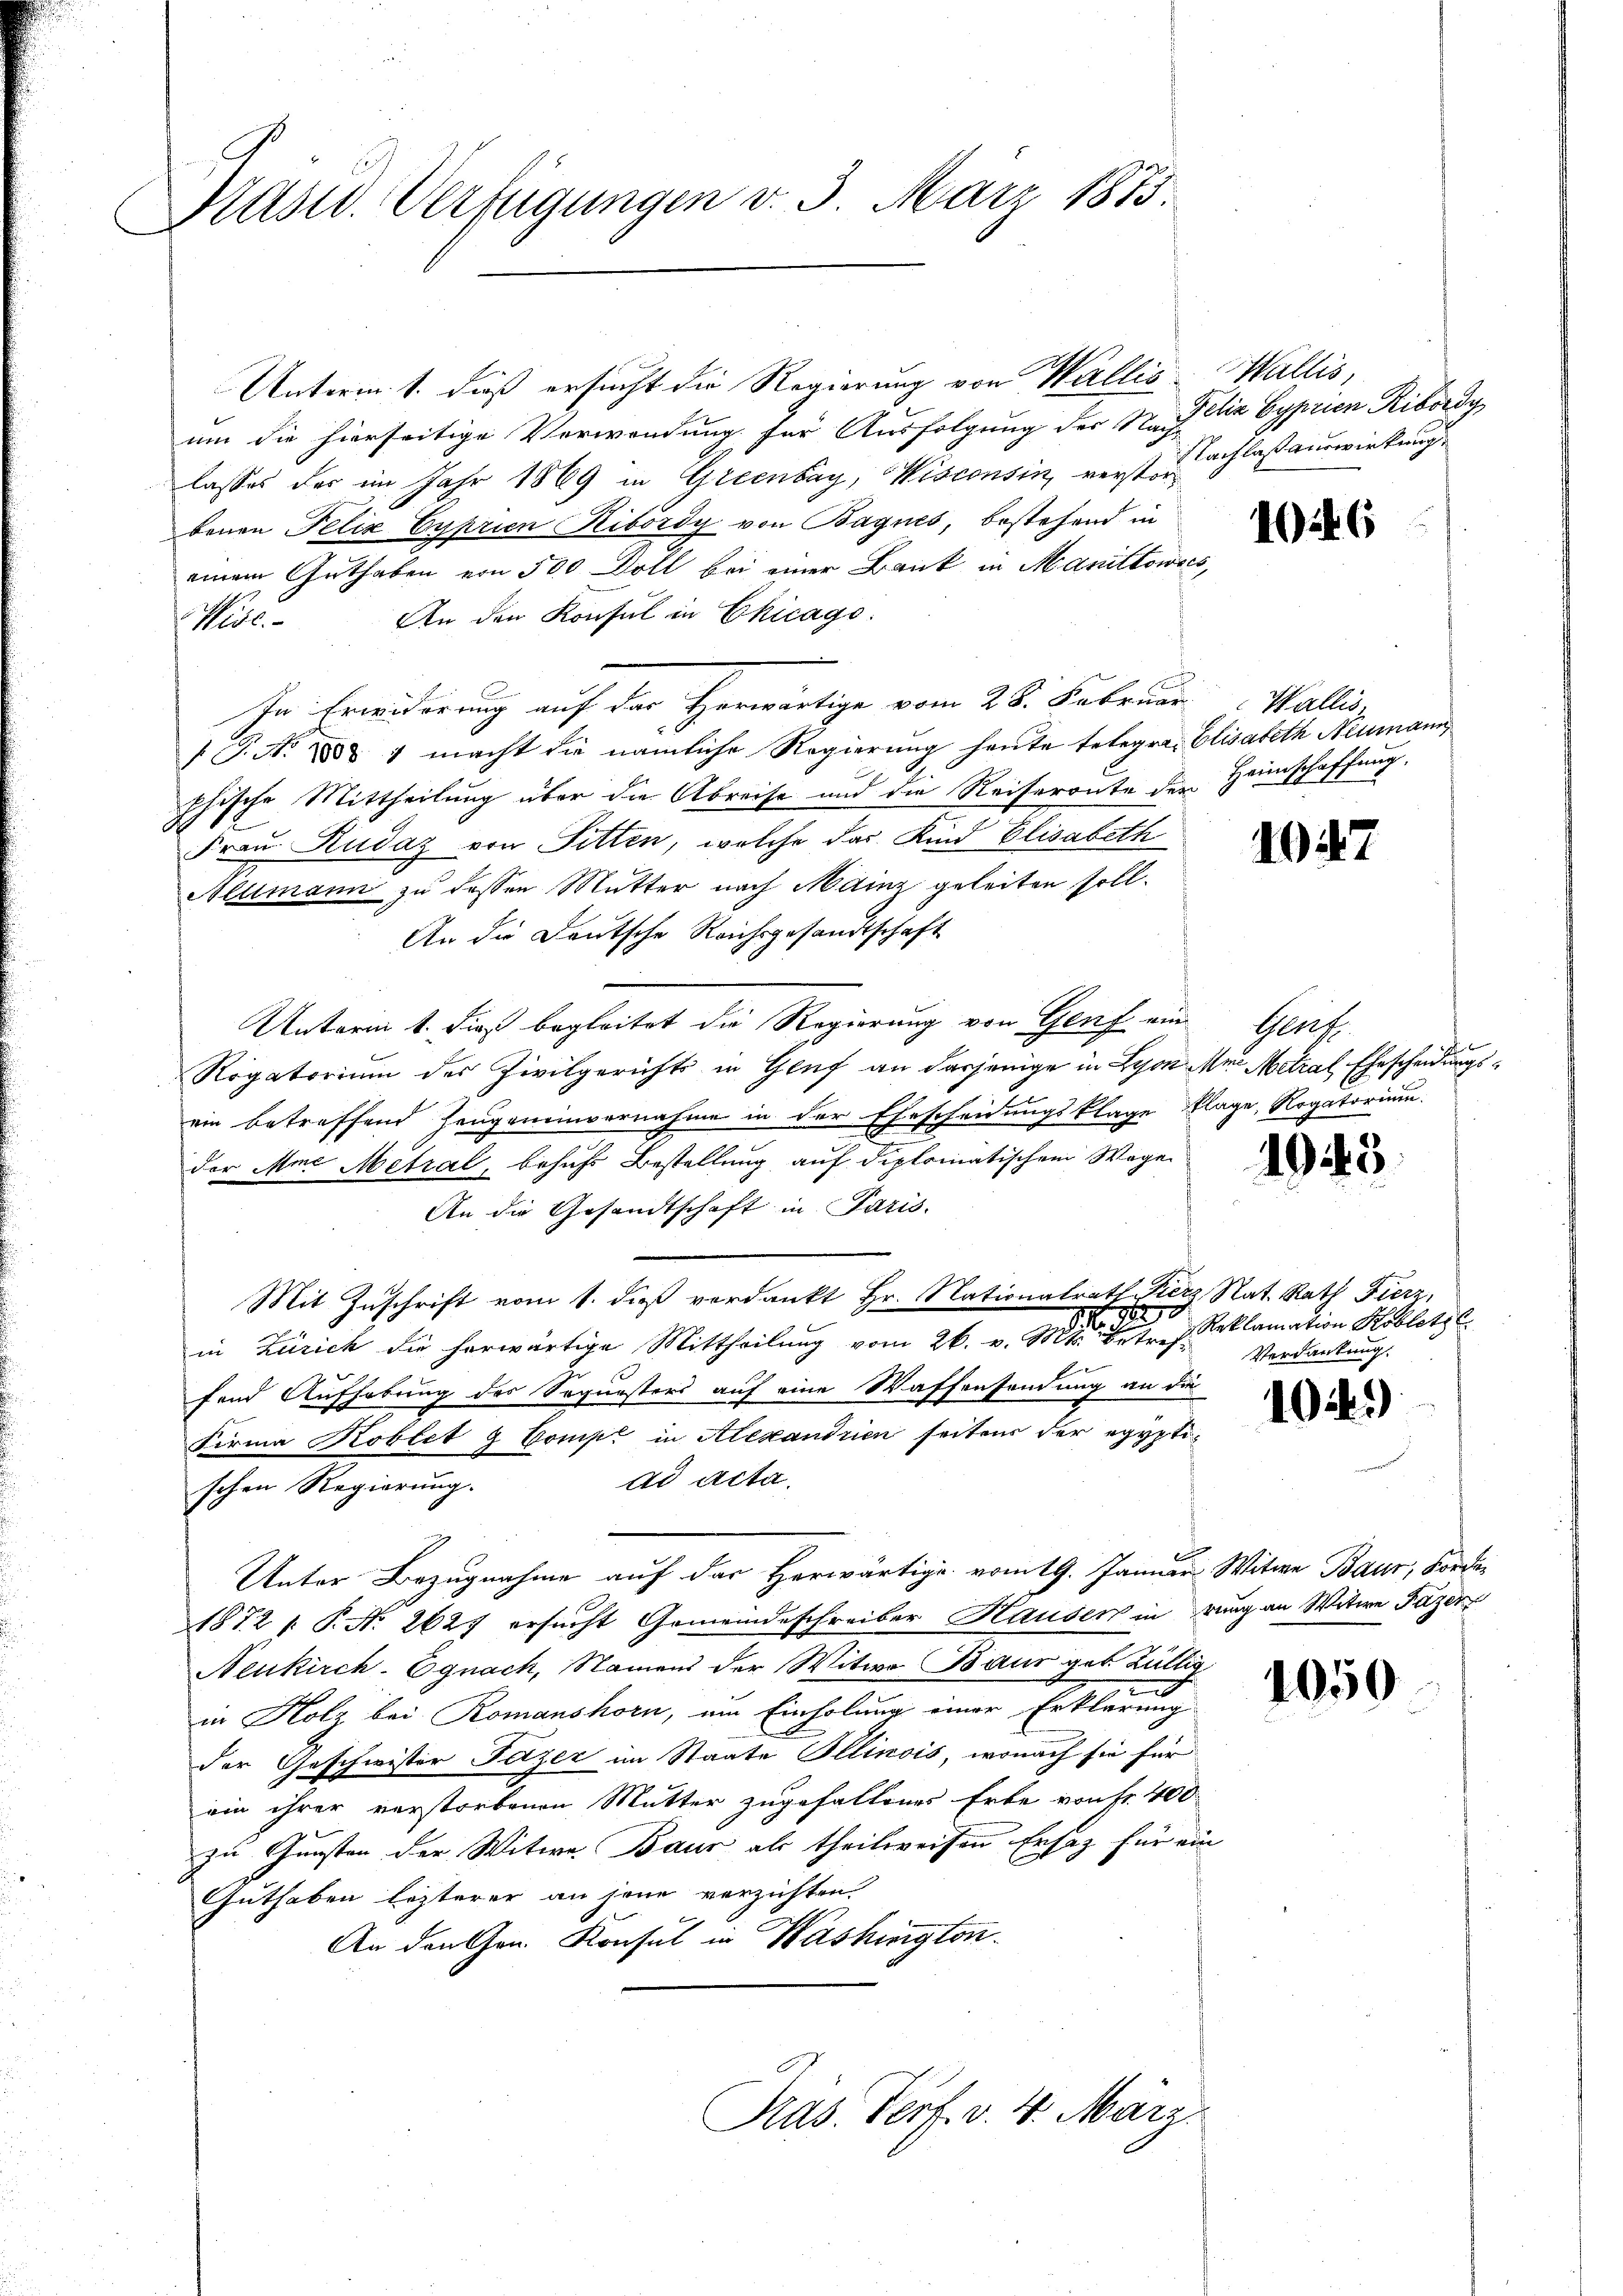
Prasw. Verfügungen v. 3. März 1875.

Unterm 1. dieß ersucht die Regierung von Wallis.
um die hierseitige Verwendung für Ausfolgung der N. F. iz Cyprien Ribordy
lasses der im Jahr 1869 in Greenbay, Visconsin, verst schlaßauswirkung
benen Felix Cyprien Ribordy von Bagnes, bestehend in
einem Guthaben von 500 Döll bei einer Bank in Manittowics,
Wise. An den Konsul in Chicago
In Erwiderung auf der Herwärtige vom 28. Februar Wallis,
G.N. ad 1 macht die nämliche Regierung heute telegra, Elisabeth Neumann
phische Mittheilung über die Abreise und die Reiseronte der Heimschaffung,
12
Ich
Frau Rudaz von Fitten, welche das Kind Elisabeth
Altmann zu dessen Mutter nach Mainz geleiten soll.
An die Deutsche Reichsgesandtschaft
Unterm 1. dieß begleitet die Regierung von Genf ein Genf
Rogatorium des Zivilgerichts in Genf an dasjenige in Lyon der Metral, Ehescheidungs
ein betreffend Zeugeneinvernahme in der Ehescheidungsklage Klage, Rogatorium.
der Mine Metral, behufs Bestellung auf diplomatischem Wagen
An die Gesandtschaft in Paris.
Mit Zuschrift vom 1. dieß verdankt Hr. Nationalrath Fierz Rat. Rath Fierz,
M 1890
in Zürich die herwärtige Mittheilŭng vom 26. v. Mts. Betref Reklamation Kobletsc
fend Aufhebung des Sequesters auf eine Waffensendung an die
Firma Koblet g Compt in Alexandrien seitens der egyptiad acta
schen Regierung.
Unter Bezugnahme auf der Herwärtige vom 19. Januar Witwe Baur, Forder
1872  P. Nr. 2627 ersucht Gemeindeschreiber Hausen in rung an Witwe Fazer
Neukirch-Egnach, Namens der Witwe Baur geb Züllig
in Holz bei Romanshorn, ein Einholung einer Erklärung
der Geschwister Fazer im Staate Ollinois, wonach sie für
ein ihrer verstorbenen Mutter zugefallenes Erbe von Fr. 400
zu Gunsten der Witwe Baur als theilweisen Ersatz für ein
Guthaben lezterer an jene verzichten.
An den Gen. Konsul in Washington.
Pras. Verf. v. 4. März.

Wallis,

106

1

1913

Verdankung

10.

1050